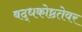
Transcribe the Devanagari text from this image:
बद्धकोष्ठतेवर